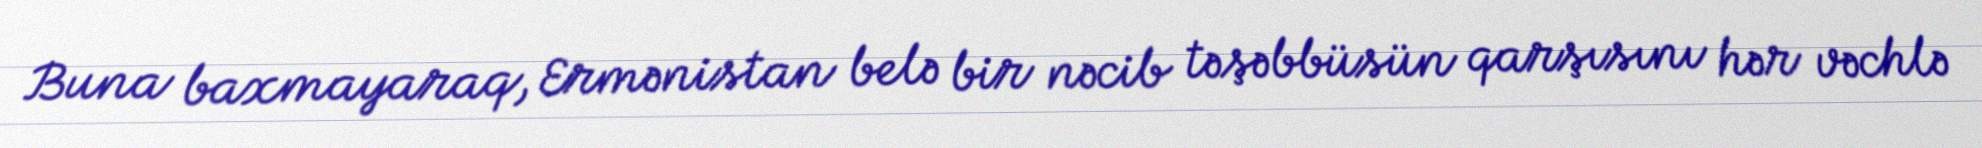
Buna baxmayaraq, Ermənistan belə bir nəcib təşəbbüsün qarşısını hər vəchlə